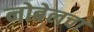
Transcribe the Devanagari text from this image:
नोबेलचा